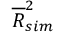
\overline { { R } } _ { s i m } ^ { 2 }